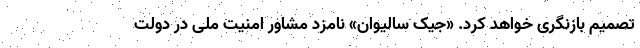
تصمیم بازنگری خواهد کرد. «جیک سالیوان» نامزد مشاور امنیت ملی در دولت